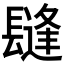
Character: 𨲫